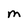
Character: M